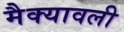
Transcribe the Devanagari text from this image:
मैक्यावली